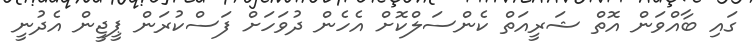
ގައި ބާއްވަން އޮތް ޝަރީއަތް ކެންސަލްކޮށް އެހެން ދުވަހަށް ފަސްކުރަން ޕީޖީން އެދުނީ